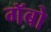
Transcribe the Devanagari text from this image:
गॅबो